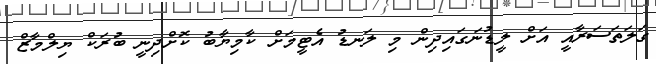
ގަލަތަސަރާއީ އަށް ލީޑުނަގައިދިން މި ލަނޑު އެޓީމަށް ކާމިޔާބު ކޮށްދިނީ ބުރަކް ޔިލްމާޒް